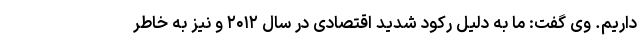
داریم. وی گفت: ما به دلیل رکود شدید اقتصادی در سال ۲۰۱۲ و نیز به خاطر